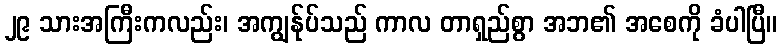
၂၉ သားအကြီးကလည်း၊ အကျွန်ုပ်သည် ကာလ တာရှည်စွာ အဘ၏ အစေကို ခံပါပြီ။